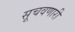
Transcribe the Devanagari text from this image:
सूचवणारी